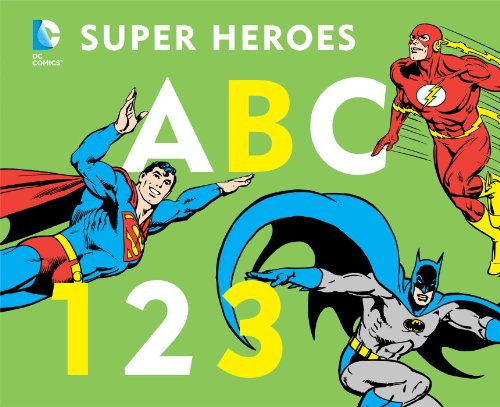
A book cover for DC Super Heroes ABC 123; David Bar Katz; Children's Books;